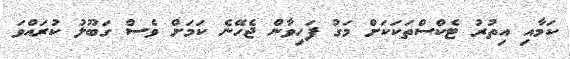
ކަމާއި އިތުރު ޓެކްސްތަކަކަށް މަގު ފަހިވާން ޖެހޭނެ ކަމަށް ވެސް ގަބޫލު ކުރައްވަ